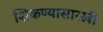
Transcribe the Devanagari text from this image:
शिकण्यासारखी